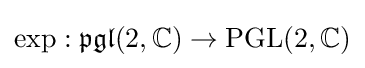
\exp :{\mathfrak {pgl}}(2,\mathbb {C} )\to {\text{PGL}}(2,\mathbb {C} )